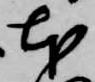
本